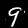
Digit: 9